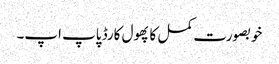
خوبصورت کمل کا پھول کارڈ پاپ اپ۔